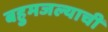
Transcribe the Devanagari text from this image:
बहुमजल्याची